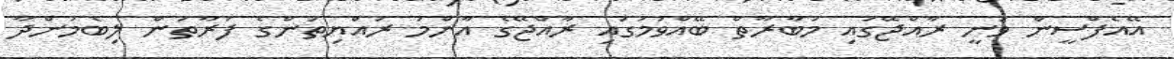
އޭއެފްސީން ވަނީ ރާއްޖޭގައި މުބާރާތް ބޭއްވުމުގައި ރާއްޖޭގެ އާންމު ރައްޔިތުންގެ ފަރާތުން ލިބެމުންދާ